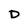
Character: D